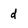
Character: d